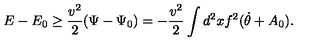
E - E _ { 0 } \ge \frac { v ^ { 2 } } { 2 } ( \Psi - \Psi _ { 0 } ) = - \frac { v ^ { 2 } } { 2 } \int d ^ { 2 } x f ^ { 2 } ( \dot { \theta } + A _ { 0 } ) .